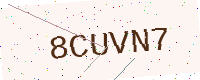
Text: 8CUVN7